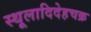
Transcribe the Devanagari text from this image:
स्थूलादिदेहचक्र